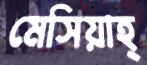
মেসিয়াহ্